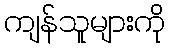
ကျန်သူများကို